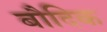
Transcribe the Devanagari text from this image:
बौदिक